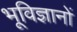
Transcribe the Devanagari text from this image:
भूविज्ञानों